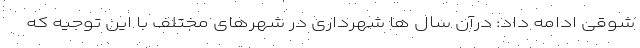
شوقی ادامه داد: درآن سال ها شهرداری در شهرهای مختلف با این توجیه که